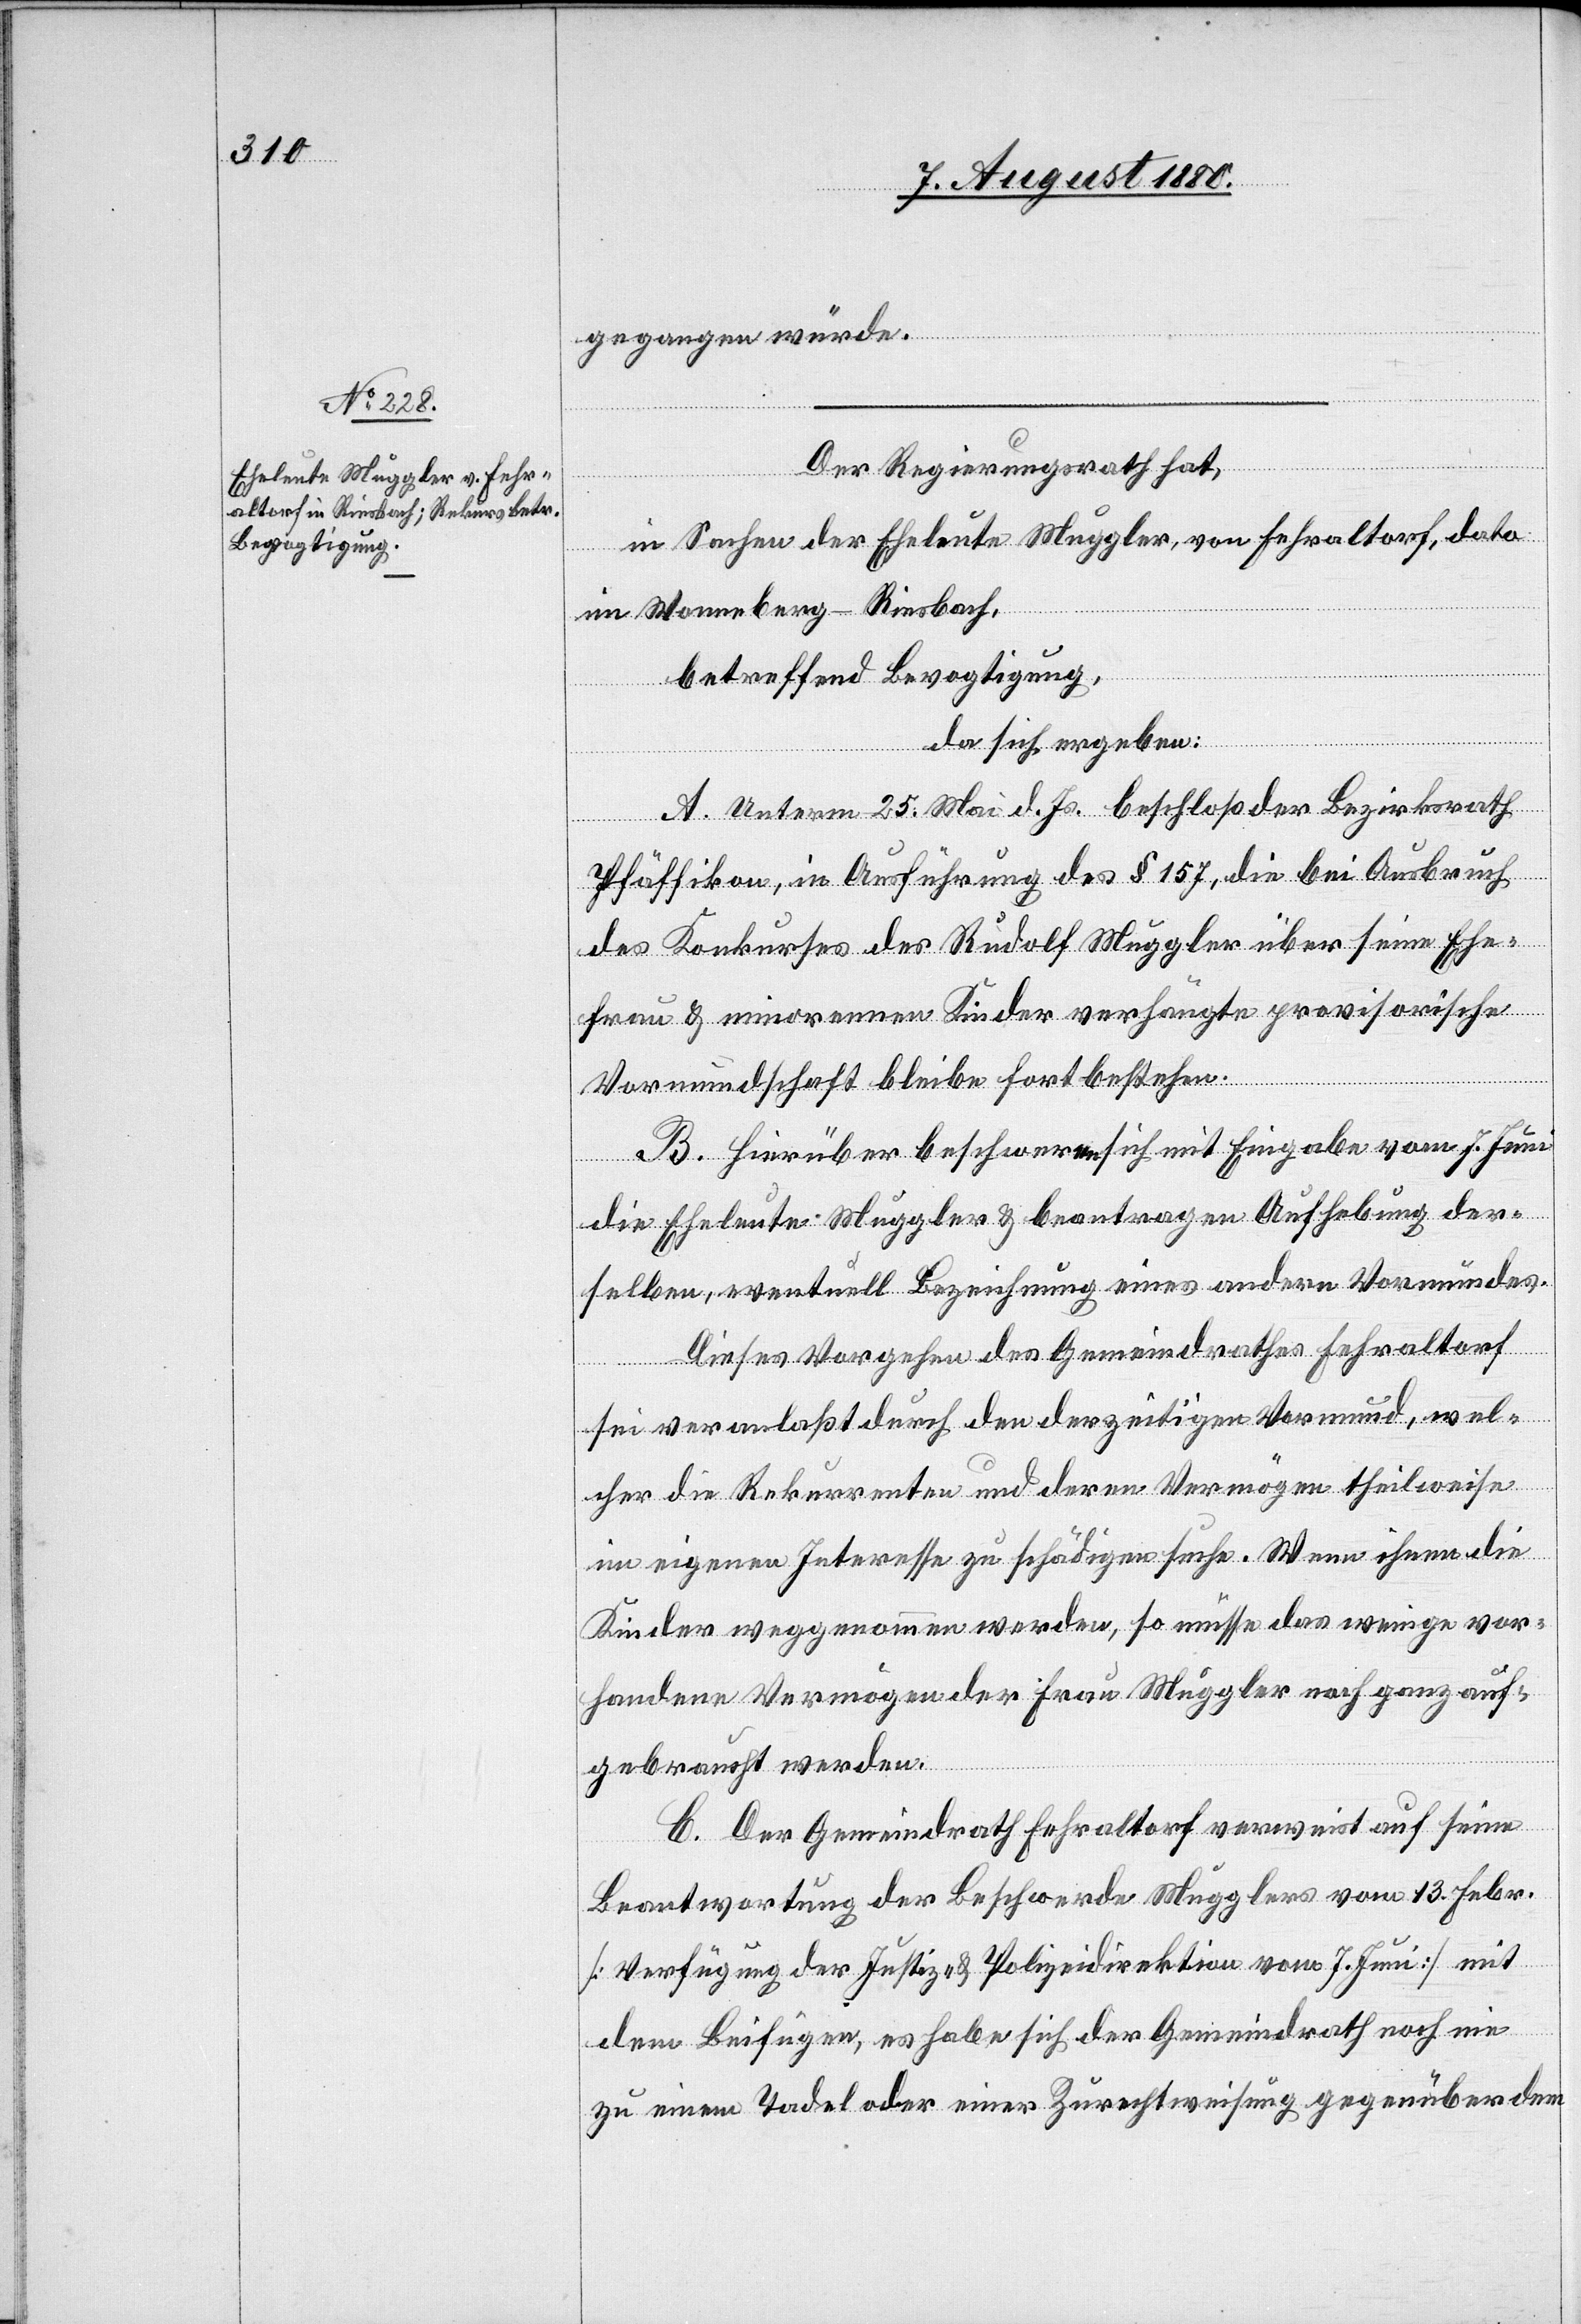
gegangen würde.
Der Regierungsrath hat,
in Sachen der Eheleute Muggler, von Fehraltorf, dato
in Wonneberg - Riesbach,
betreffend Bevogtigung,
da sich ergeben:
A. Unterm 25. Mai d. Js. beschloß der Bezirksrath
Pfäffikon, in Ausführung des § 157, die bei Ausbruch
des Konkurses der Rudolf Muggler über seine Ehe¬
frau & minorennen Kinder verhängte provisorische
Vormundschaft bleibe fortbestehen.
B. Hierüber beschweren sich mit Eingabe vom 7. Juni
die Eheleute Muggler & beantragen Aufhebung der¬
selben, eventuell Bezeichnung eines andern Vormundes.
Dieses Vorgehen des Gemeindrathes Fehraltorf
sei veranlaßt durch den derzeitigen Vormund, wel¬
cher die Rekurrenten und deren Vermögen theilweise
im eigenen Interesse zu schädigen suche. Wenn ihnen die
Kinder weggenommen werden, so müsse das weinige vor¬
handene Vermögen der Frau Muggler noch ganz auf¬
gebraucht werden.
C. Der Gemeindrath Fehraltorf verweist auf seine
Beantwortung der Beschwerde Mugglers vom 13. Febr.
[Verfügung der Justiz- & Polizeidirektion vom 7. Juni] mit
dem Beifügen, es habe sich der Gemeindrath noch nie
zu einem Tadel oder einer Zurechtweisung gegenüber dem